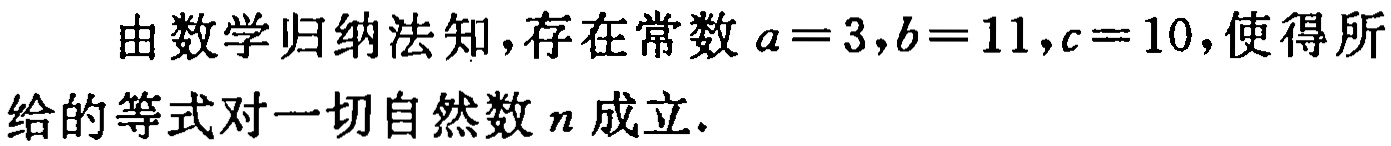
由数学归纳法知，存在常数\(a = 3,b = 11,c = 10\)，使得所给的等式对一切自然数\(n\)成立.